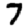
Digit: 7